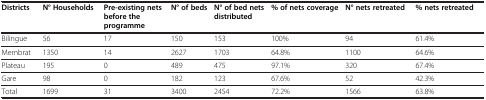
| Districts | N° Households | Pre-existing nets before the programme | N° of beds | N° of bed nets distributed | % of nets coverage | N° nets retreated | % nets retreated |
 | --- | --- | --- | --- | --- | --- | --- | --- |
 | Bilingue | 56 | 17 | 150 | 153 | 100% | 94 | 61.4% |
 | Membrat | 1350 | 14 | 2627 | 1703 | 64.8% | 1100 | 64.6% |
 | Plateau | 195 | 0 | 489 | 475 | 97.1% | 320 | 67.4% |
 | Gare | 98 | 0 | 182 | 123 | 67.6% | 52 | 42.3% |
 | Total | 1699 | 31 | 3400 | 2454 | 72.2% | 1566 | 63.8% |